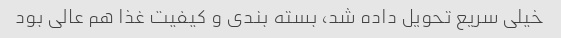
خیلی سریع تحویل داده شد، بسته بندی و کیفیت غذا هم عالی بود